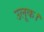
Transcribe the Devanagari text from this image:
उलूक।